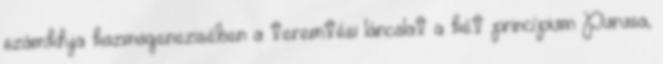
számkhja kozmogenezisében a teremtési láncolat a két princípium Purusa,